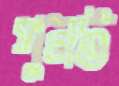
পুনট